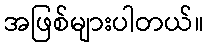
အဖြစ်များပါတယ်။